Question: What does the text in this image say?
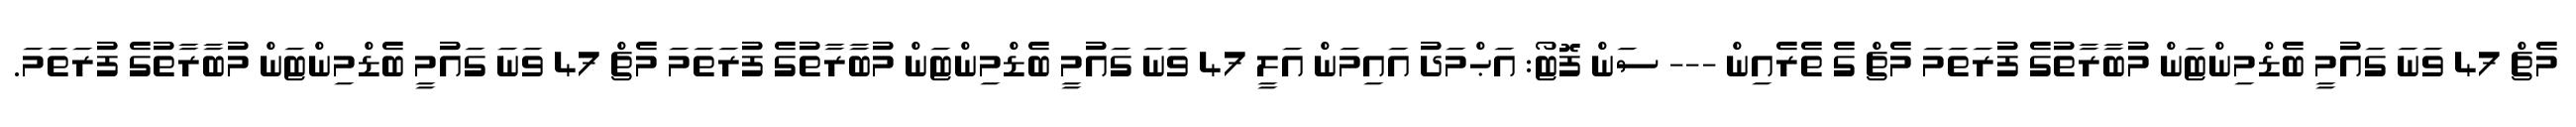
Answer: މެޗް 47 ވަނަ ގައުމީ ބެޑްމިންޓަން މުބާރާތުގެ ފުރަތަމަ މެޗް ގެ ތެރެއިން --- ސަން ފޮޓޯ: އަޙްމަދު އައިމަން އަލީ 47 ވަނަ ގައުމީ ބެޑްމިންޓަން މުބާރާތުގެ ފުރަތަމަ މެޗް 47 ވަނަ ގައުމީ ބެޑްމިންޓަން މުބާރާތުގެ ފުރަތަމަ.